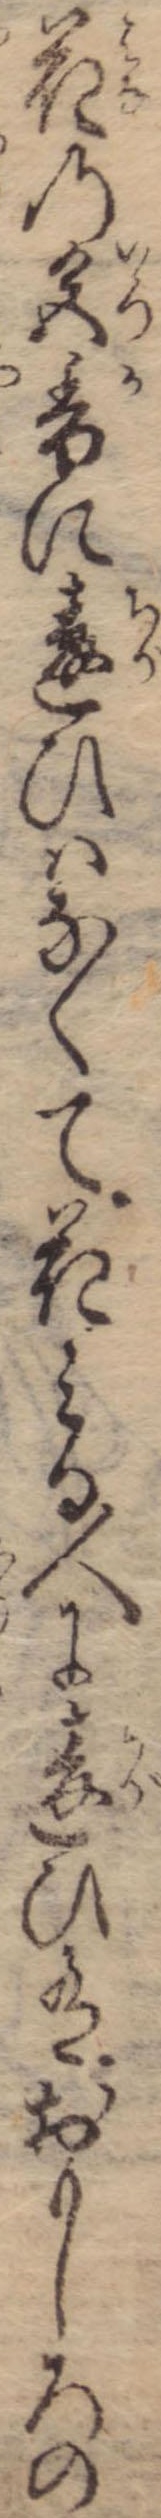
花の色香に違ひはなくて花ちる人に違ひ有おもしろの